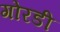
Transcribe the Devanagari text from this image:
गोरडी